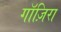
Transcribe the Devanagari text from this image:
गाॅज़िरा